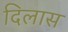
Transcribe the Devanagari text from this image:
दिलास